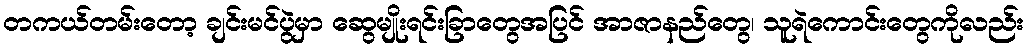
တကယ်တမ်းတော့ ချင်းမင်ပွဲမှာ ဆွေမျိုးရင်းခြာတွေအပြင် အာဇာနည်တွေ၊ သူရဲကောင်းတွေကိုလည်း